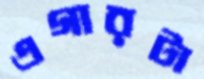
এগারটা